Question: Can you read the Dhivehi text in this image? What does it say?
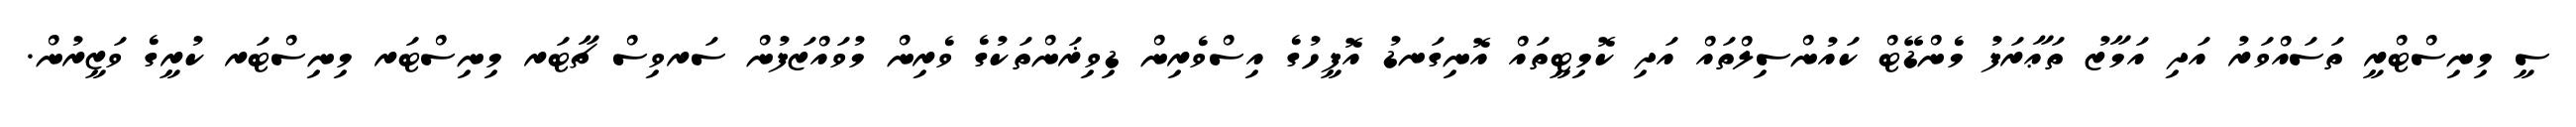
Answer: ސީ މިނިސްޓްރީ ތަސައްވަރު އަދި އަމާޒު ތަޢާރަފު މެންޑޭޓް ކައުންސިލްތައް އަދި ކޮމިޓީތައް އޮނިގަނޑު އޮފީހުގެ އިސްވެރިން ޑިވިޜަންތަކުގެ ވެރިން މުވައްޒަފުން ސަރވިސް ޗާޓަރ މިނިސްޓަރ މިނިސްޓަރ ކުރީގެ ވަޒީރުން.